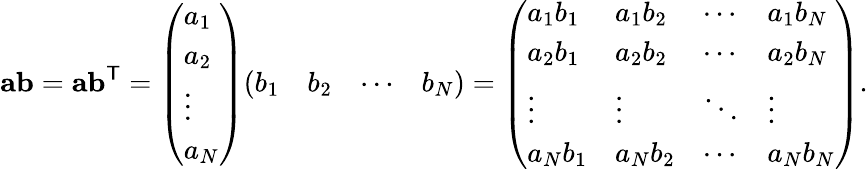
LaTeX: \mathbf{ab}=\mathbf{ab}^{\mathsf{T}}={\left(\begin{array}{l}{a_{1}}\\ {a_{2}}\\ {\vdots}\\ {a_{N}}\end{array}\right)}{\left(\begin{array}{llll}{b_{1}}&{b_{2}}&{\cdots}&{b_{N}}\end{array}\right)}={\left(\begin{array}{llll}{a_{1}b_{1}}&{a_{1}b_{2}}&{\cdots}&{a_{1}b_{N}}\\ {a_{2}b_{1}}&{a_{2}b_{2}}&{\cdots}&{a_{2}b_{N}}\\ {\vdots}&{\vdots}&{\ddots}&{\vdots}\\ {a_{N}b_{1}}&{a_{N}b_{2}}&{\cdots}&{a_{N}b_{N}}\end{array}\right)}.